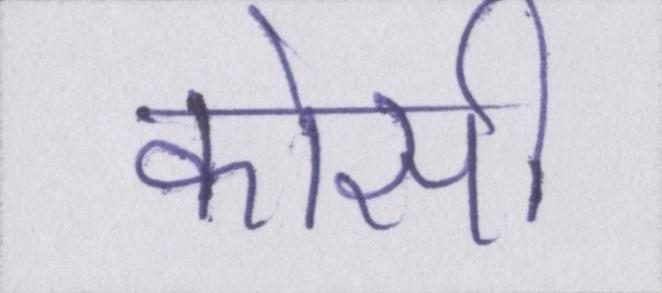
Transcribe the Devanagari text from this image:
कोसी